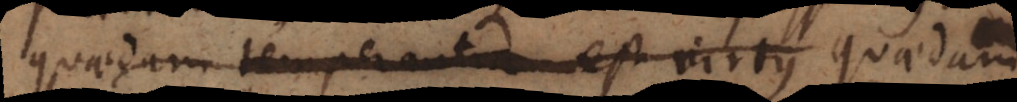
quaedam temperantia est virtus quaedam